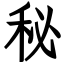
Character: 秘